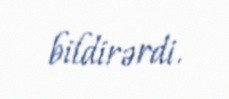
bildirərdi.